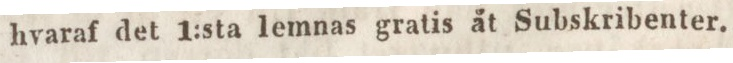
hvaraf det 1:sta lemnas gratis åt Subskribenter.